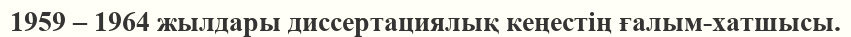
1959 – 1964 жылдары диссертациялық кеңестің ғалым-хатшысы.